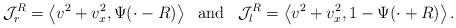
LaTeX: \begin{align*}\mathcal{J}_r^R=\left\langle v^2+v_x^2,\Psi(\cdot-R)\right\rangle \ \hbox{ and }\ \, \mathcal{J}_l^R=\left\langle v^2+v_x^2,1-\Psi(\cdot+R)\right\rangle.\end{align*}